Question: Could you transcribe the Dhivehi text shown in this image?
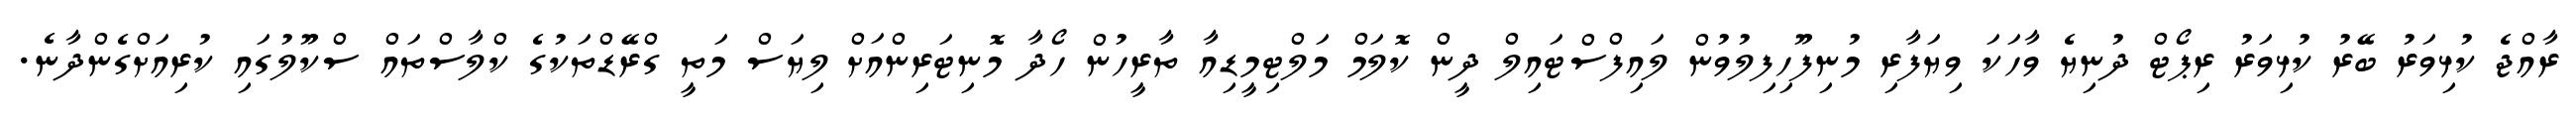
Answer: ރާއްޖެ ކުޅިވަރު ބޭރު ކުޅިވަރު ރިޕޯޓް ދުނިޔެ ވާހަކަ ވިޔަފާރި މުނިފޫހިފިލުވުން ލައިފްސްޓައިލް ދީން ކޮލަމް މަލްޓިމީޑިއާ ތާރީހުން ހޯދާ މޮނިޓަރިންއަށް ލިޔަސް މަތީ ގްރޭޑްތަކުގެ ކްލާސްތައް ސްކޫލުގައި ކުރިއަށްގެންދާނެ.